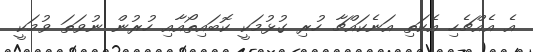
އެ އެއްޗެހި އެކަތި އަނެކައްޗާ ހުރި ގުޅުމަކީ ކޮބައިތޯއާއި ހުރުން ނުވަތަ ވުމަކީ